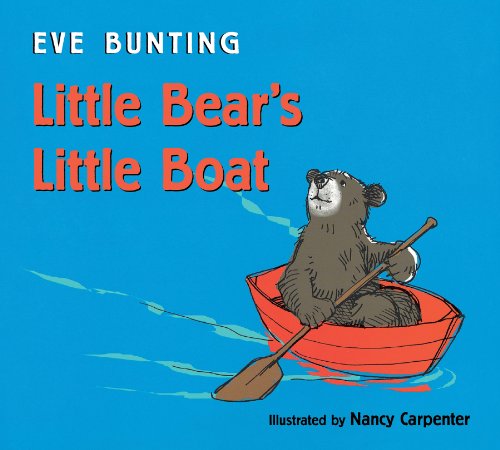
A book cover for Little Bear's Little Boat; Eve Bunting; Children's Books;